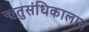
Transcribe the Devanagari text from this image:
ऋतुसंधिकालात